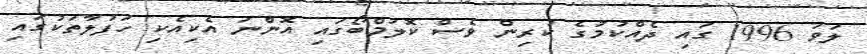
ލަވަ 1996 ގައި ދެއްކުމުގެ ކުރިން ވެސް ކޮލަމްބޯގައި އޮންނަ އެކިއެކި ހަފުލާތަކުގައި